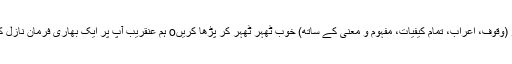
) قرآن کو (وقوف، اعراب، تمام کیفیات، مفہوم و معنی کے ساتھ) خوب ٹھہر ٹھہر کر پڑھا کریںo ہم عنقریب آپ پر ایک بھاری فرمان نازل کریں گے۔